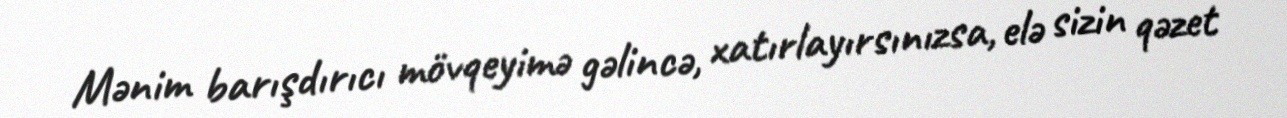
Mənim barışdırıcı mövqeyimə gəlincə, xatırlayırsınızsa, elə sizin qəzet